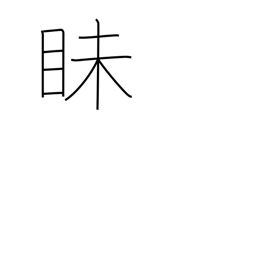
Meaning: dark